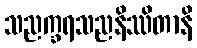
သညက္ခရသညနိဿိတာနိ